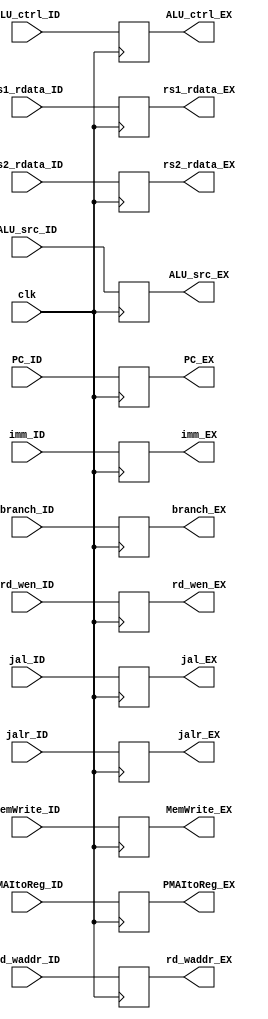
module ID_EX(
    input clk,
    input [31:0] PC_ID,
    input [31:0] imm_ID,
    input [31:0] rs1_rdata_ID,
    input [31:0] rs2_rdata_ID,
    input [4:0] rd_waddr_ID,
    
    input ALU_src_ID,
    input [3:0] ALU_ctrl_ID,

    input branch_ID,
    input MemWrite_ID,
    input jal_ID,
    input jalr_ID,

    input [1:0] PMAItoReg_ID,
    input rd_wen_ID,

    output reg [31:0] PC_EX,
    output reg [31:0] imm_EX,
    output reg [31:0] rs1_rdata_EX,
    output reg [31:0] rs2_rdata_EX,
    output reg [4:0] rd_waddr_EX,
    
    output reg ALU_src_EX,
    output reg [3:0] ALU_ctrl_EX,
    
    output reg branch_EX,
    output reg MemWrite_EX,
    output reg jal_EX,
    output reg jalr_EX,

    output reg [1:0] PMAItoReg_EX,
    output reg rd_wen_EX
);

always@(posedge clk) begin
    PC_EX <= PC_ID;
    imm_EX <= imm_ID;
    rs1_rdata_EX <= rs1_rdata_ID;
    rs2_rdata_EX <= rs2_rdata_ID;
    rd_waddr_EX <= rd_waddr_ID;

    ALU_src_EX <= ALU_src_ID;
    ALU_ctrl_EX <= ALU_ctrl_ID;

    branch_EX <= branch_ID;
    MemWrite_EX <= MemWrite_ID;
    jal_EX <= jal_ID;
    jalr_EX <= jalr_ID;

    PMAItoReg_EX <= PMAItoReg_ID;
    rd_wen_EX <= rd_wen_ID;
end








endmodule